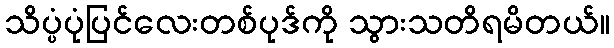
သိပ္ပံပုံပြင်လေးတစ်ပုဒ်ကို သွားသတိရမိတယ်။